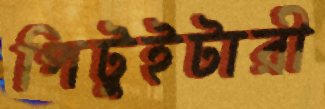
পিটুইটারী